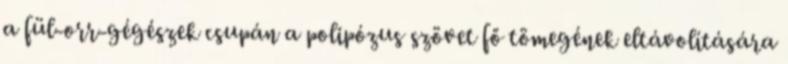
a fül-orr-gégészek csupán a polipózus szövet fő tömegének eltávolítására